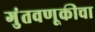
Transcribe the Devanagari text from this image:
गुंतवणूकीचा